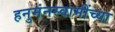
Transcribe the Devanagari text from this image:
हनुमंनस्वामींच्या